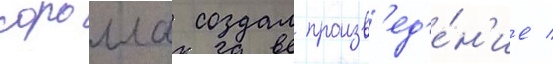
соролла создал произв'ед'е́н'ие /